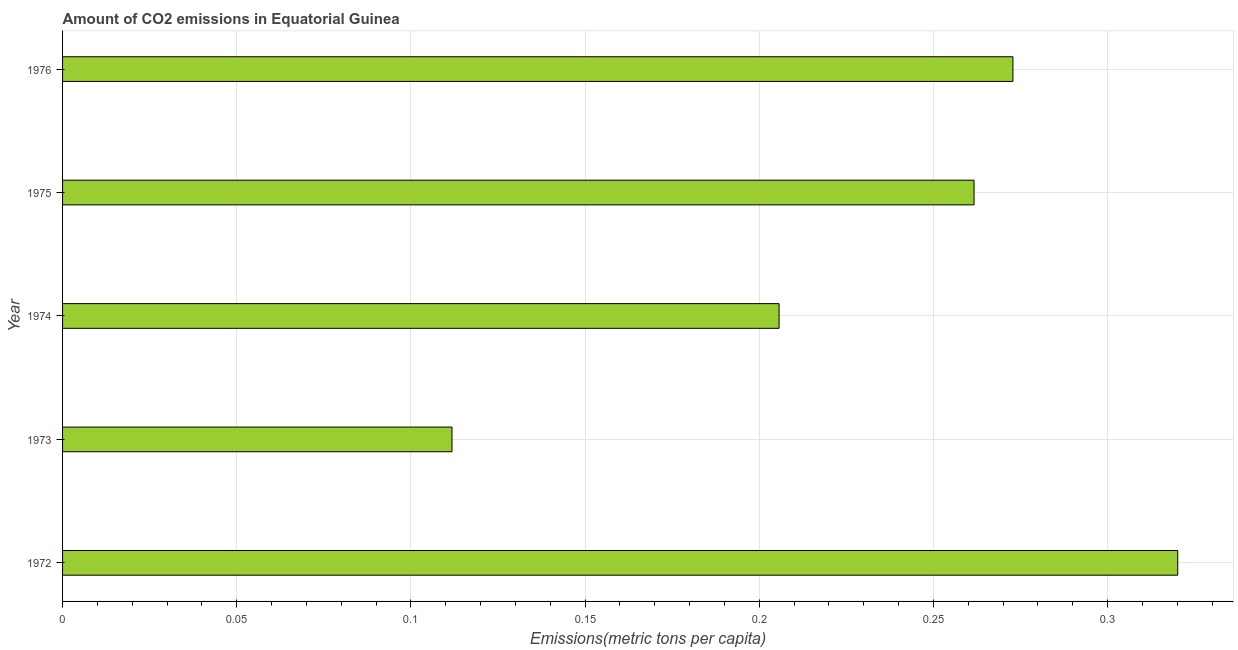
| Year | CO2 emissions |
 | --- | --- |
 | 1972 | 0.32 |
 | 1973 | 0.112 |
 | 1974 | 0.206 |
 | 1975 | 0.262 |
 | 1976 | 0.273 |